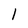
Character: l